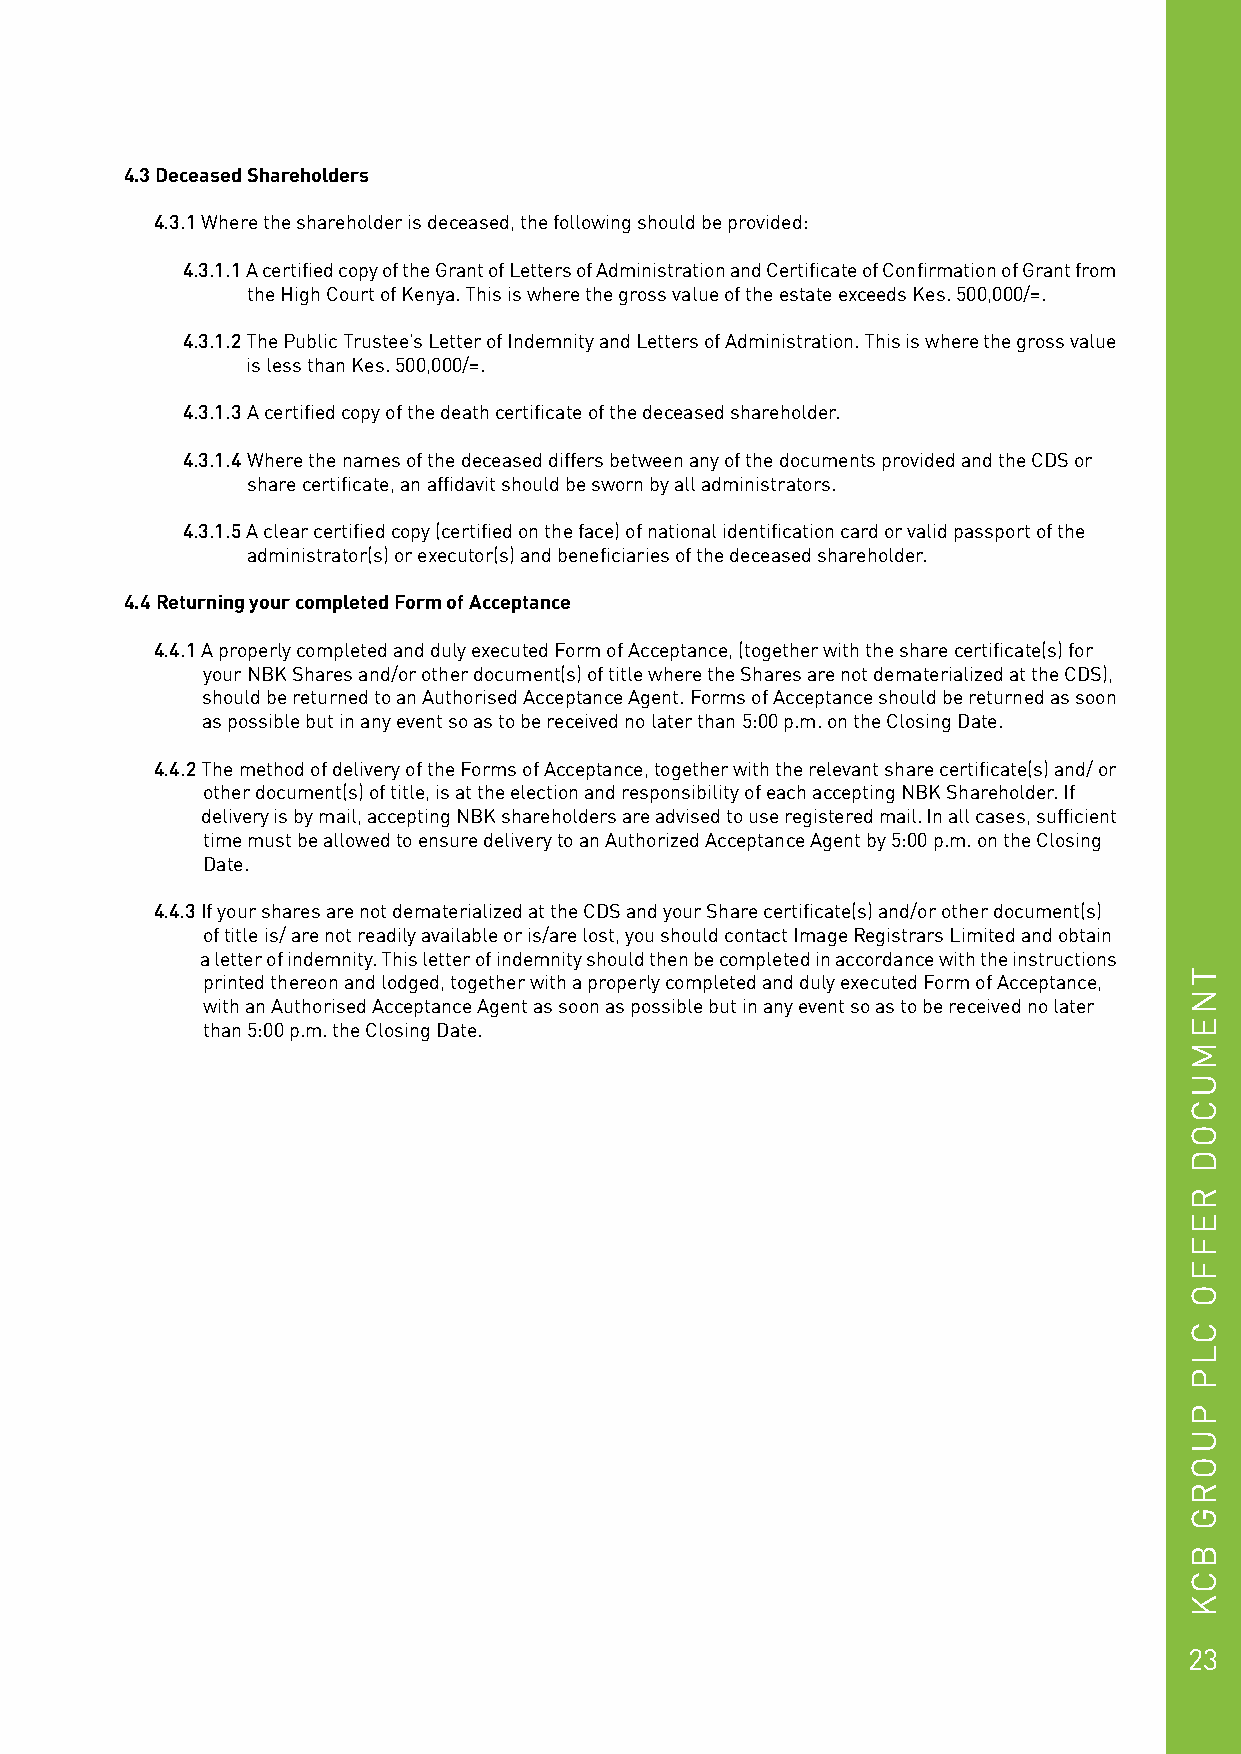
4.3 Deceased Shareholders
 4.3.1 Where the shareholder is deceased, the following should be provided:
 4.3.1.1 A certified copy of the Grant of Letters of Administration and Certificate of Confirmation of Grant from
 the High Court of Kenya. This is where the gross value of the estate exceeds Kes. 500,000/=.
 4.3.1.2 The Public Trustee’s Letter of Indemnity and Letters of Administration. This is where the gross value
 is less than Kes. 500,000/=.
 4.3.1.3 A certified copy of the death certificate of the deceased shareholder.
 4.3.1.4 Where the names of the deceased differs between any of the documents provided and the CDS or
 share certificate, an affidavit should be sworn by all administrators.
 4.3.1.5 A clear certified copy (certified on the face) of national identification card or valid passport of the
 administrator(s) or executor(s) and beneficiaries of the deceased shareholder.
 4.4 Returning your completed Form of Acceptance
 4.4.1 A properly completed and duly executed Form of Acceptance, (together with the share certificate(s) for
 your NBK Shares and/or other document(s) of title where the Shares are not dematerialized at the CDS),
 should be returned to an Authorised Acceptance Agent. Forms of Acceptance should be returned as soon
 as possible but in any event so as to be received no later than 5:00 p.m. on the Closing Date.
 4.4.2 The method of delivery of the Forms of Acceptance, together with the relevant share certificate(s) and/ or
 other document(s) of title, is at the election and responsibility of each accepting NBK Shareholder. If
 delivery is by mail, accepting NBK shareholders are advised to use registered mail. In all cases, sufficient
 time must be allowed to ensure delivery to an Authorized Acceptance Agent by 5:00 p.m. on the Closing
 Date.
 4.4.3 If your shares are not dematerialized at the CDS and your Share certificate(s) and/or other document(s)
 of title is/ are not readily available or is/are lost, you should contact Image Registrars Limited and obtain
 a letter of indemnity. This letter of indemnity should then be completed in accordance with the instructions
 printed thereon and lodged, together with a properly completed and duly executed Form of Acceptance,
 with an Authorised Acceptance Agent as soon as possible but in any event so as to be received no later
 than 5:00 p.m. the Closing Date.
 23
 TNEMUCOD
 REFFO
 CLP
 PUORG
 BCK